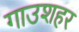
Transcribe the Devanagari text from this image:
गाउशहर